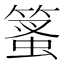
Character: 𥰱